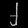
Digit: ၂